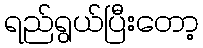
ရည်ရွယ်ပြီးတော့